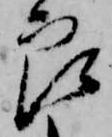
良